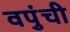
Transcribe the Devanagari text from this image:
वपुंची